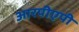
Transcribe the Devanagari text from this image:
आरपीएपी